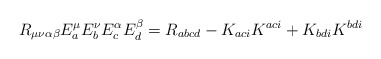
\begin{align*}R_{\mu\nu\alpha\beta}E^{\mu}_{a}E^{\nu}_{b}E^{\alpha}_{c}E^{\beta}_{d}= R_{abcd} - K_{aci}K^{aci} + K_{bdi}K^{bdi}\end{align*}